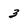
Character: 3